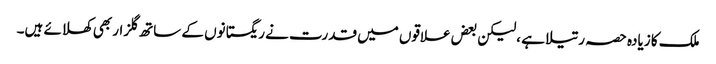
ملک کا زیادہ حصہ رتیلا ہے ،لیکن بعض علاقوں میں قدرت نے ریگستانوں کے ساتھ گلزار بھی کھلائے ہیں۔